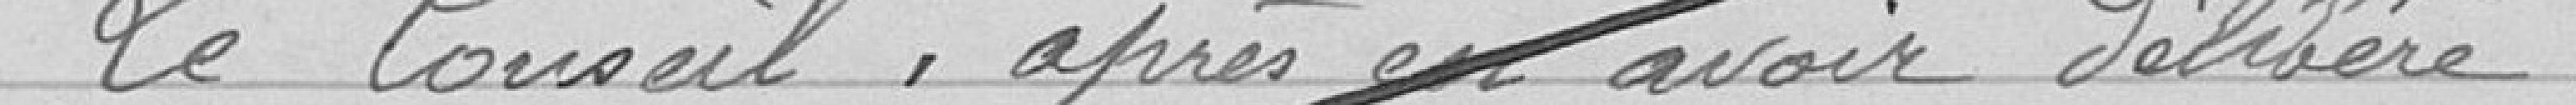
Le Conseil, après en avoir délibéré,